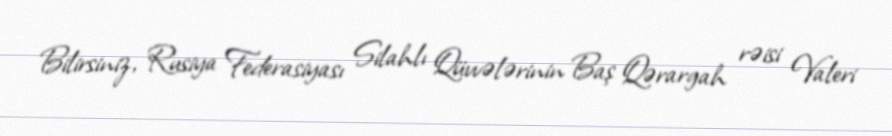
Bilirsiniz, Rusiya Federasiyası Silahlı Qüvvələrinin Baş Qərargah rəisi Valeri